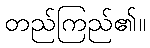
တည်ကြည်၏။